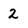
Character: 2